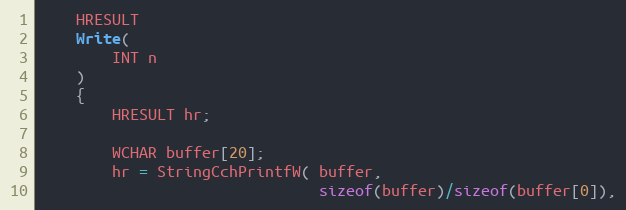
Language: C
    HRESULT
    Write(
        INT n
    )
    {
        HRESULT hr;

        WCHAR buffer[20];
        hr = StringCchPrintfW( buffer,
                               sizeof(buffer)/sizeof(buffer[0]),